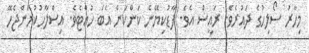
މިހާރު ސޯލިހުގެ ދައުރެވެ. ރައީސް އެވެ. ފާޑުކިޔޭނެ ކަންކަން އެބަ ހުއްޓެވެ. އިސްލާހުކުރަންޖެހޭ